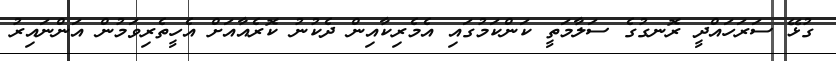
ގުޅޭ ސަރަހައްދީ ރޮނގުގެ ސަލާމަތީ ކަންކަމުގައި އެމެރިކާއިން ދެކުނު ކޮރެއާއަށް އެހީތެރިވަމުން އަންނައިރު